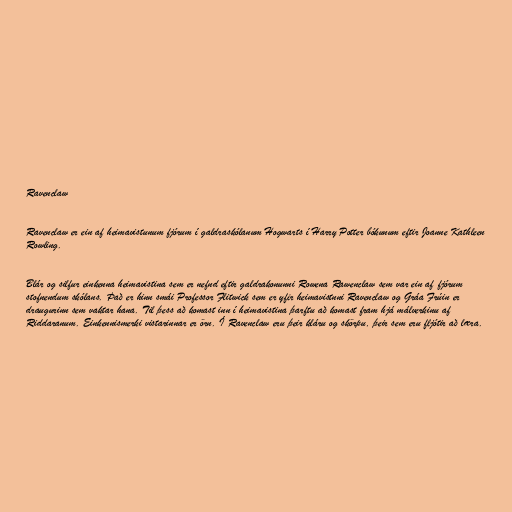
Ravenclaw

Ravenclaw er ein af heimavistunum fjórum í galdraskólanum Hogwarts í Harry Potter bókunum eftir Joanne Kathleen
Rowling.

Blár og silfur einkenna heimavistina sem er nefnd eftir galdrakonunni Rowena Rawenclaw sem var ein af fjórum
stofnendum skólans. Það er hinn smái Professor Flitwick sem er yfir heimavistnni Ravenclaw og Gráa Frúin er
draugurinn sem vaktar hana. Til þess að komast inn í heimavistina þarftu að komast fram hjá málverkinu af
Riddaranum. Einkennismerki vistarinnar er örn. Í Ravenclaw eru þeir kláru og skörpu, þeir sem eru fljótir að læra.